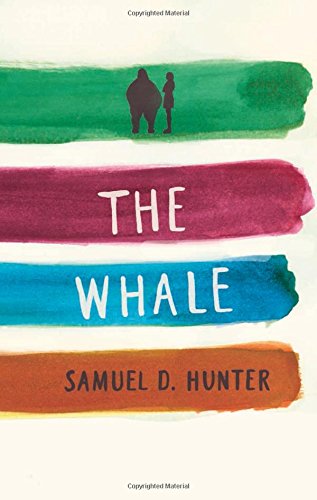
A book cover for The Whale / A Bright New Boise; Samuel D. Hunter; Literature & Fiction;